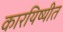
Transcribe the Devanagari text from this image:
कारयिष्यीत